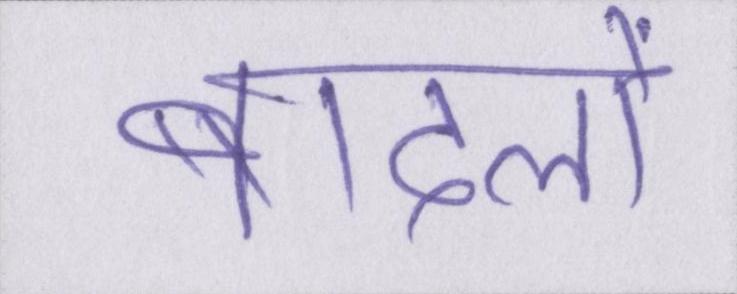
बादलों